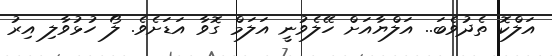
އަލްކޮ ތެދުވެބަ.. އަލްޔާއަށް ހޭލެވުނީ އަލަމް ގޮވާ އަޑަށެވެ. ލޯ ހުޅުވާލި އިރު